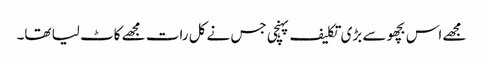
مجھے اس بچھو سے بڑی تکلیف پہنچی جس نے کل رات مجھے کاٹ لیا تھا۔